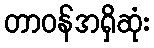
တာဝန်အရှိဆုံး